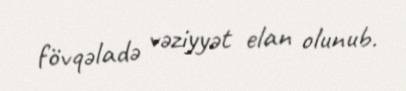
fövqəladə vəziyyət elan olunub.